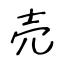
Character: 売